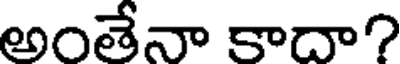
అంతేనా కాదా?